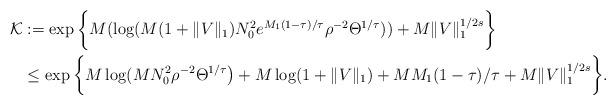
LaTeX: \begin{align*} \mathcal{K}&:=\exp\bigg \{M(\log(M(1+\|V\|_{1})N_{0}^2 e^{M_{1}{(1-\tau)}/{\tau}} \rho^{-2} \Theta^{1/\tau}))+M\|V\|_{1}^{1/2s}\bigg\}\\&\leq \exp\bigg \{ M\log( M N_{0}^2\rho^{-2} \Theta^{1/\tau}\big)+M \log(1+\|V\|_{1})+M M_{1}(1-\tau)/\tau+M\|V\|_{1}^{1/2s}\bigg\}. \end{align*}